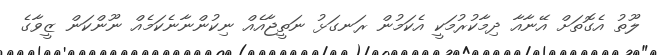
ލޫތު އެގޮތަށް އޭނާއާ ދިމާކުރުމަކީ އެކަމުން ރަނގަޅު ނަތީޖާއެއް ނިކުންނާނެކަމެއް ނޫންކަން ޒީވާގެ